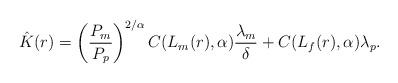
LaTeX: \begin{align*}\hat{K}(r)=\left(\frac{P_m}{P_p}\right)^{2/\alpha}C(L_m(r),\alpha)\frac{\lambda_m}{\delta} +C(L_f(r),\alpha)\lambda_p.\end{align*}